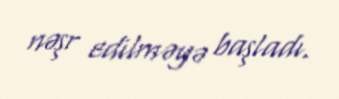
nəşr edilməyə başladı.